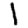
Digit: 1